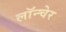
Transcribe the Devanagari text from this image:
लॉन्चेर